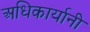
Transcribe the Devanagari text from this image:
अधिकार्यानी